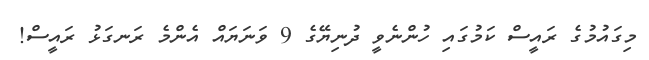
މިގައުމުގެ ރައީސް ކަމުގައި ހުންނެވީ ދުނިޔޭގެ 9 ވަނަޔައް އެންމެ ރަނގަޅު ރައީސް!